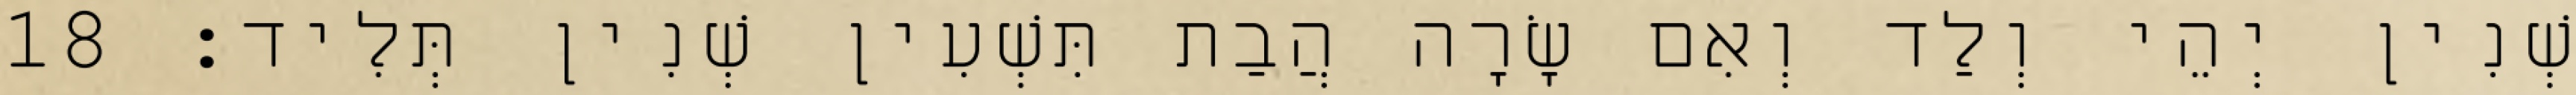
שְׁנִין יְהֵי וְלַד וְאִם שָׂרָה הֲבַת תִּשְׁעִין שְׁנִין תְּלִיד׃ 18